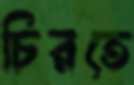
চিরতে